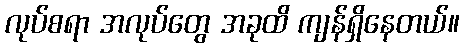
လုပ်စရာ အလုပ်တွေ အခုထိ ကျန်ရှိနေတယ်။